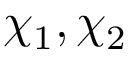
\chi _ { 1 } , \chi _ { 2 }